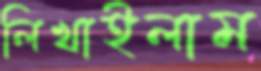
লিখাইলাম